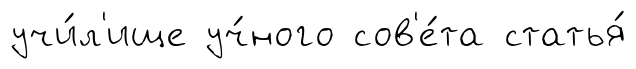
учи́л'ище уч́ного сов'е́та статья́